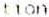
TION